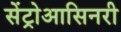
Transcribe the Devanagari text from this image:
सेंट्रोआसिनरी